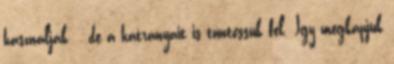
használják , de a hátrányait is tüntessük fel. Így megkapjuk